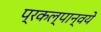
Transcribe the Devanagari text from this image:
प्रकल्पान्वये